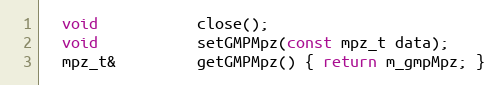
Language: C
  void           close();
  void           setGMPMpz(const mpz_t data);
  mpz_t&         getGMPMpz() { return m_gmpMpz; }